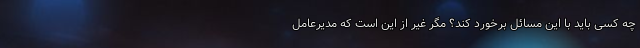
چه کسی باید با این مسائل برخورد کند؟ مگر غیر از این است که مدیرعامل